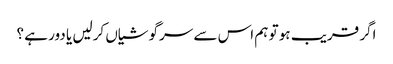
اگر قریب ہو تو ہم اس سے سرگوشیاں کرلیں یا دور ہے ؟